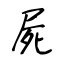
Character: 屍